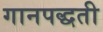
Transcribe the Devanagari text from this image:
गानपद्धती